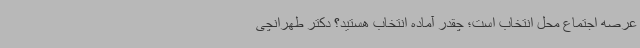
عرصه اجتماع محل انتخاب است؛ چقدر آماده انتخاب هستید؟ دکتر طهرانچی